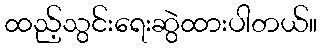
ထည့်သွင်းရေးဆွဲထားပါတယ်။